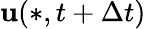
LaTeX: \boldsymbol{\mathbf{u}}(*,t+\Delta{t})